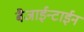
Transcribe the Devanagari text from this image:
बैजाईन्टाईन